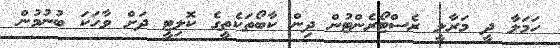
ހަމަލާ ދީ މަރާލީ ރެސްޓޯރެންޓުން ދިން ކާބޯތަކެތީގެ ކޮލިޓީ ދަށް ވާހަކަ ބުނުމުން